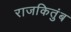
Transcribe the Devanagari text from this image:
राजकितुंब